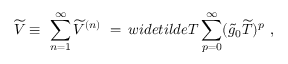
\widetilde V \equiv \ \sum _ { n = 1 } ^ { \infty } \widetilde V ^ { ( n ) } \ = \, w i d e t i l d e T \sum _ { p = 0 } ^ { \infty } ( \widetilde g _ { 0 } \widetilde T ) ^ { p } \ ,